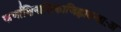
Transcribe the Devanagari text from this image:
कर्णाक्षिनासिकाजिह्लादन्ताःअ